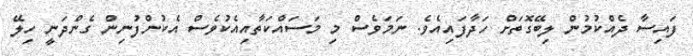
ފައިސާ ދެއްކުމުން ލިބޭގޮތަށް ހަދާފައިއެވެ. ނަމަވެސް މި މަސައްކަތާއިއެކުވެސް އެކުންފުނިން ގެންދަނީ ހިލޭ